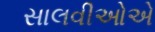
સાલવીઓએ